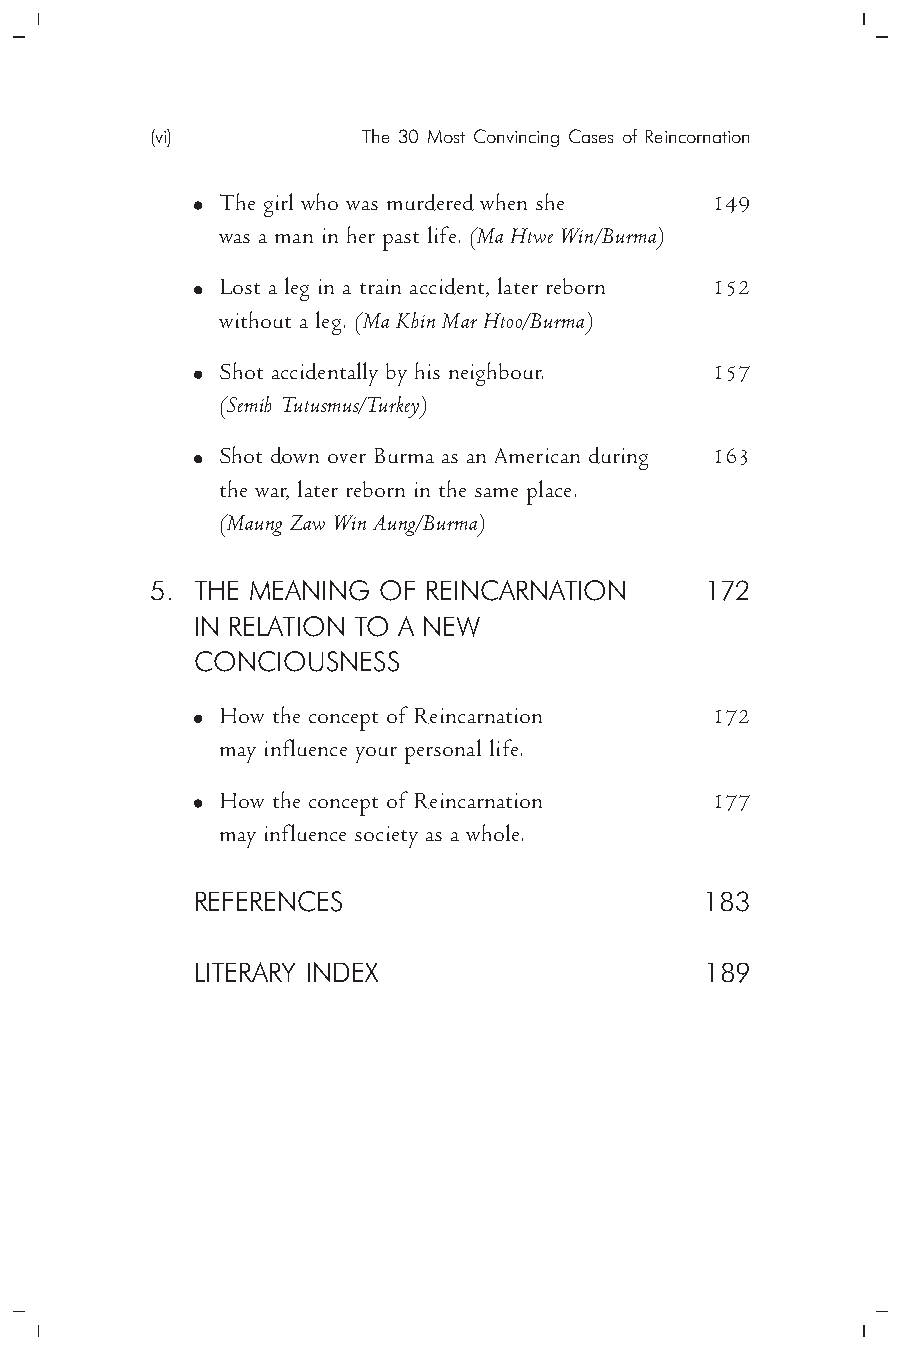
(vi)          The 30 Most Convincing Cases of Reincornation
 The girl who was murdered when she 149
 was a man in her past life. (Ma Htwe Win/Burma)
 Lost a leg in a train accident, later reborn 152
 without a leg. (Ma Khin Mar Htoo/Burma)
 Shot accidentally by his neighbour. 157
 (Semih Tutusmus/Turkey)
 Shot down over Burma as an American during 163
 the war, later reborn in the same place.
 (Maung Zaw Win Aung/Burma)
 5. THE MEANING OF REINCARNATION      172
 IN RELATION TO A NEW
 CONCIOUSNESS
 How the concept of Reincarnation 172
 may influence your personal life.
 How the concept of Reincarnation 177
 may influence society as a whole.
 REFERENCES                        183
 LITERARY INDEX                    189